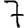
Digit: 7